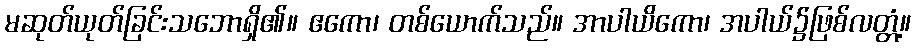
မဆုတ်ယုတ်ခြင်းသဘောရှိ၏။ ဧကော၊ တစ်ယောက်သည်။ အာပါယိကော၊ အပါယ်၌ဖြစ်လတ္တံ့။